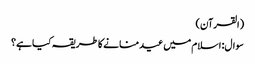
(القرآن)
سوال: اسلام میں عید منانے کا طریقہ کیا ہے؟